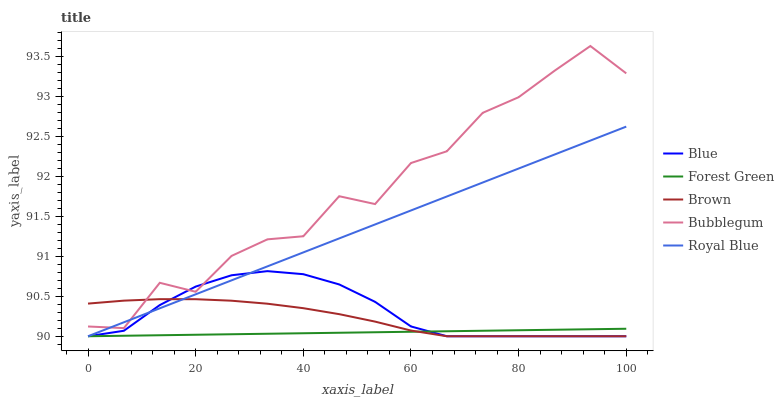
| xaxis_label | Blue | Forest Green | Brown | Bubblegum | Royal Blue |
 | --- | --- | --- | --- | --- | --- |
 | 0 | 90 | 90 | 90.4 | 90.1 | 90 |
 | 6.67 | 90.1 | 90 | 90.4 | 90.1 | 90.2 |
 | 13.3 | 90.4 | 90 | 90.5 | 90.7 | 90.3 |
 | 20 | 90.6 | 90 | 90.5 | 90.6 | 90.5 |
 | 26.7 | 90.8 | 90 | 90.4 | 91 | 90.7 |
 | 33.3 | 90.8 | 90 | 90.4 | 91.2 | 90.9 |
 | 40 | 90.8 | 90 | 90.4 | 91.2 | 91 |
 | 46.7 | 90.6 | 90 | 90.3 | 91.7 | 91.2 |
 | 53.3 | 90.4 | 90 | 90.2 | 91.7 | 91.4 |
 | 60 | 90.1 | 90.1 | 90.1 | 92.2 | 91.6 |
 | 66.7 | 90 | 90.1 | 90 | 92.3 | 91.7 |
 | 73.3 | 90 | 90.1 | 90 | 92.8 | 91.9 |
 | 80 | 90 | 90.1 | 90 | 93 | 92.1 |
 | 86.7 | 90 | 90.1 | 90 | 93.3 | 92.3 |
 | 93.3 | 90 | 90.1 | 90 | 93.6 | 92.4 |
 | 100 | 90 | 90.1 | 90 | 93.3 | 92.6 |